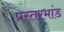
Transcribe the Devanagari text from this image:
प्रस्तरभांड